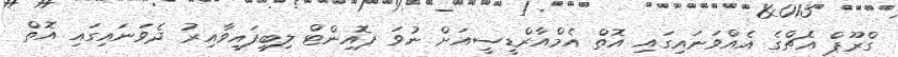
ގްރޫޕް އެޗްގެ އެއްވަނައިގައި އޮތް އެމްއާރްޑީސީއަށް ނުވަ ޕޮއިންޓް ލިބިފައިވާއިރު ދެވަނައިގައި އޮތް